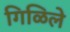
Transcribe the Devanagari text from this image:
गिळिले